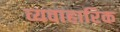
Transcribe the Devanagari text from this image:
व्यवाहारिक